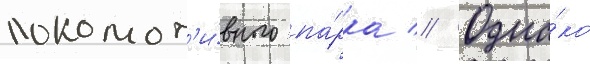
локомот'и́вного па́рка // Одна́ко